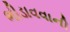
ભીડાવવાની